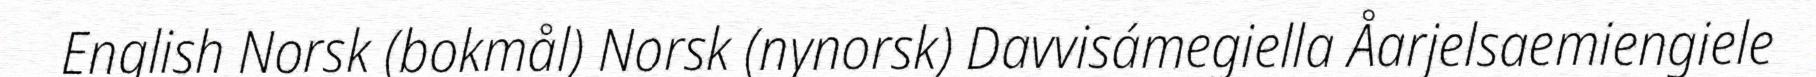
English Norsk (bokmål) Norsk (nynorsk) Davvisámegiella Åarjelsaemiengiele